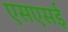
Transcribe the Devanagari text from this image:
एसएसई